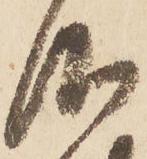
仰